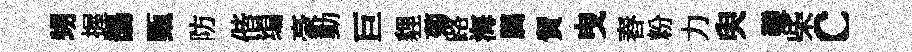
甥握鵲甄防偕编豪動巨貍菊路海臈貿曳舂粉力臾難柴c